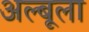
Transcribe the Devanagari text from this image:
अल्बूला